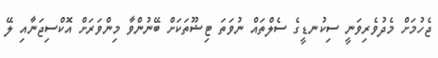
ޖެހުމަށް މެދުވެރިވަނީ ސިކުނޑީގެ ސެލްތައް ނުވަތަ ޓިޝޫތަކަށް ބޭނުންވާ މިންވަރަށް އޮކްސިޖަނާއި ލޭ